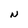
Character: N